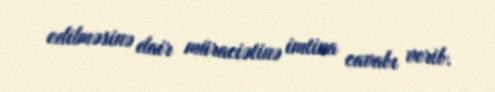
edilməsinə dair müraciətinə imtina cavabı verib.